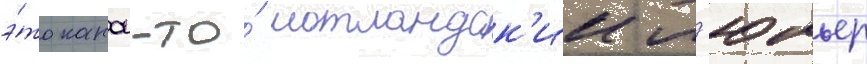
э́то какои-то́ шотландск'ии л'юмьер